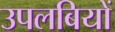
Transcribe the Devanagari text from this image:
उपलबियों